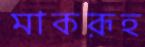
মাকরূহ